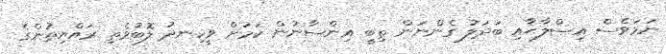
ނަމަވެސް އިސްލާޙާއި ބަދަލު ގެންނަން ތިބީ އިންސާނުން ކަމަށް ވީހިނދު ލޮބުވެތި ރައްޔިތުންގެ